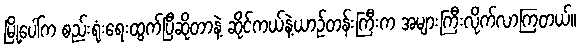
မြို့ပေါ်က စည်းရုံးရေးထွက်ပြီဆိုတာနဲ့ ဆိုင်ကယ်နဲ့ယာဉ်တန်းကြီးက အများကြီးလိုက်လာကြတယ်။